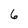
Character: 6